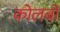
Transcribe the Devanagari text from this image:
कोलबों